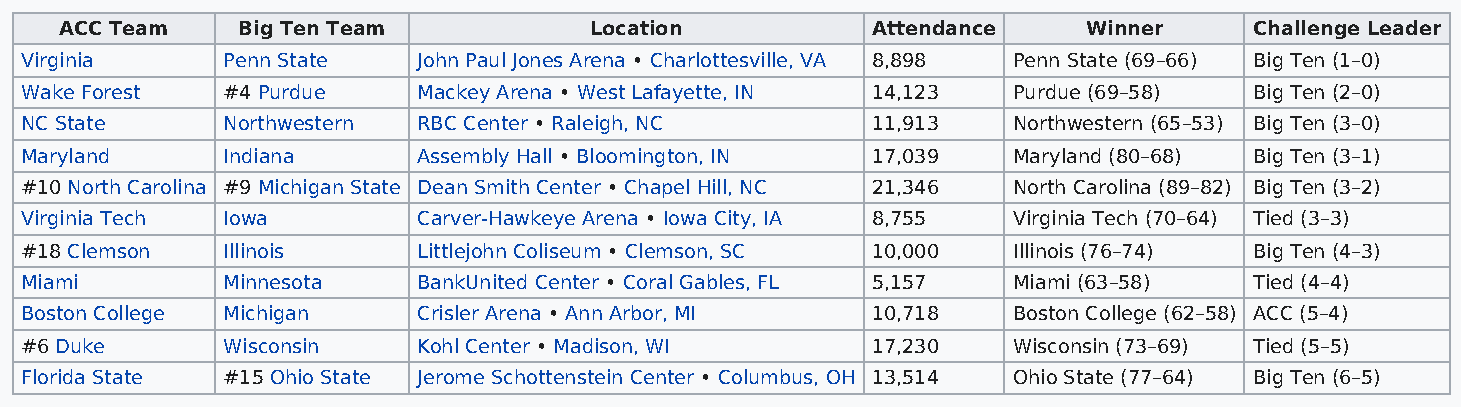
ACC Team    Big Ten Team           Location           Attendance    Winner     Challenge Leader
 Virginia      Penn State   John Paul Jones Arena • Charlottesville, VA 8,898 Penn State (69–66) Big Ten (1–0)
 Wake Forest   #4 Purdue    Mackey Arena • West Lafayette, IN 14,123 Purdue (69–58) Big Ten (2–0)
 NC State      Northwestern RBC Center • Raleigh, NC      11,913   Northwestern (65–53) Big Ten (3–0)
 Maryland      Indiana      Assembly Hall • Bloomington, IN 17,039 Maryland (80–68) Big Ten (3–1)
 #10 North Carolina #9 Michigan State Dean Smith Center • Chapel Hill, NC 21,346 North Carolina (89–82) Big Ten (3–2)
 Virginia Tech Iowa         Carver-Hawkeye Arena • Iowa City, IA 8,755 Virginia Tech (70–64) Tied (3–3)
 #18 Clemson   Illinois     Littlejohn Coliseum • Clemson, SC 10,000 Illinois (76–74) Big Ten (4–3)
 Miami         Minnesota    BankUnited Center • Coral Gables, FL 5,157 Miami (63–58) Tied (4–4)
 Boston College Michigan    Crisler Arena • Ann Arbor, MI 10,718   Boston College (62–58) ACC (5–4)
 #6 Duke       Wisconsin    Kohl Center • Madison, WI     17,230   Wisconsin (73–69) Tied (5–5)
 Florida State #15 Ohio State Jerome Schottenstein Center • Columbus, OH 13,514 Ohio State (77–64) Big Ten (6–5)